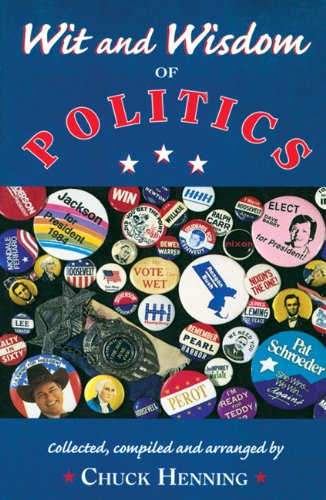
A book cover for Wit & Wisdom of Politics, 3rd Ed.; Chuck Henning; Humor & Entertainment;